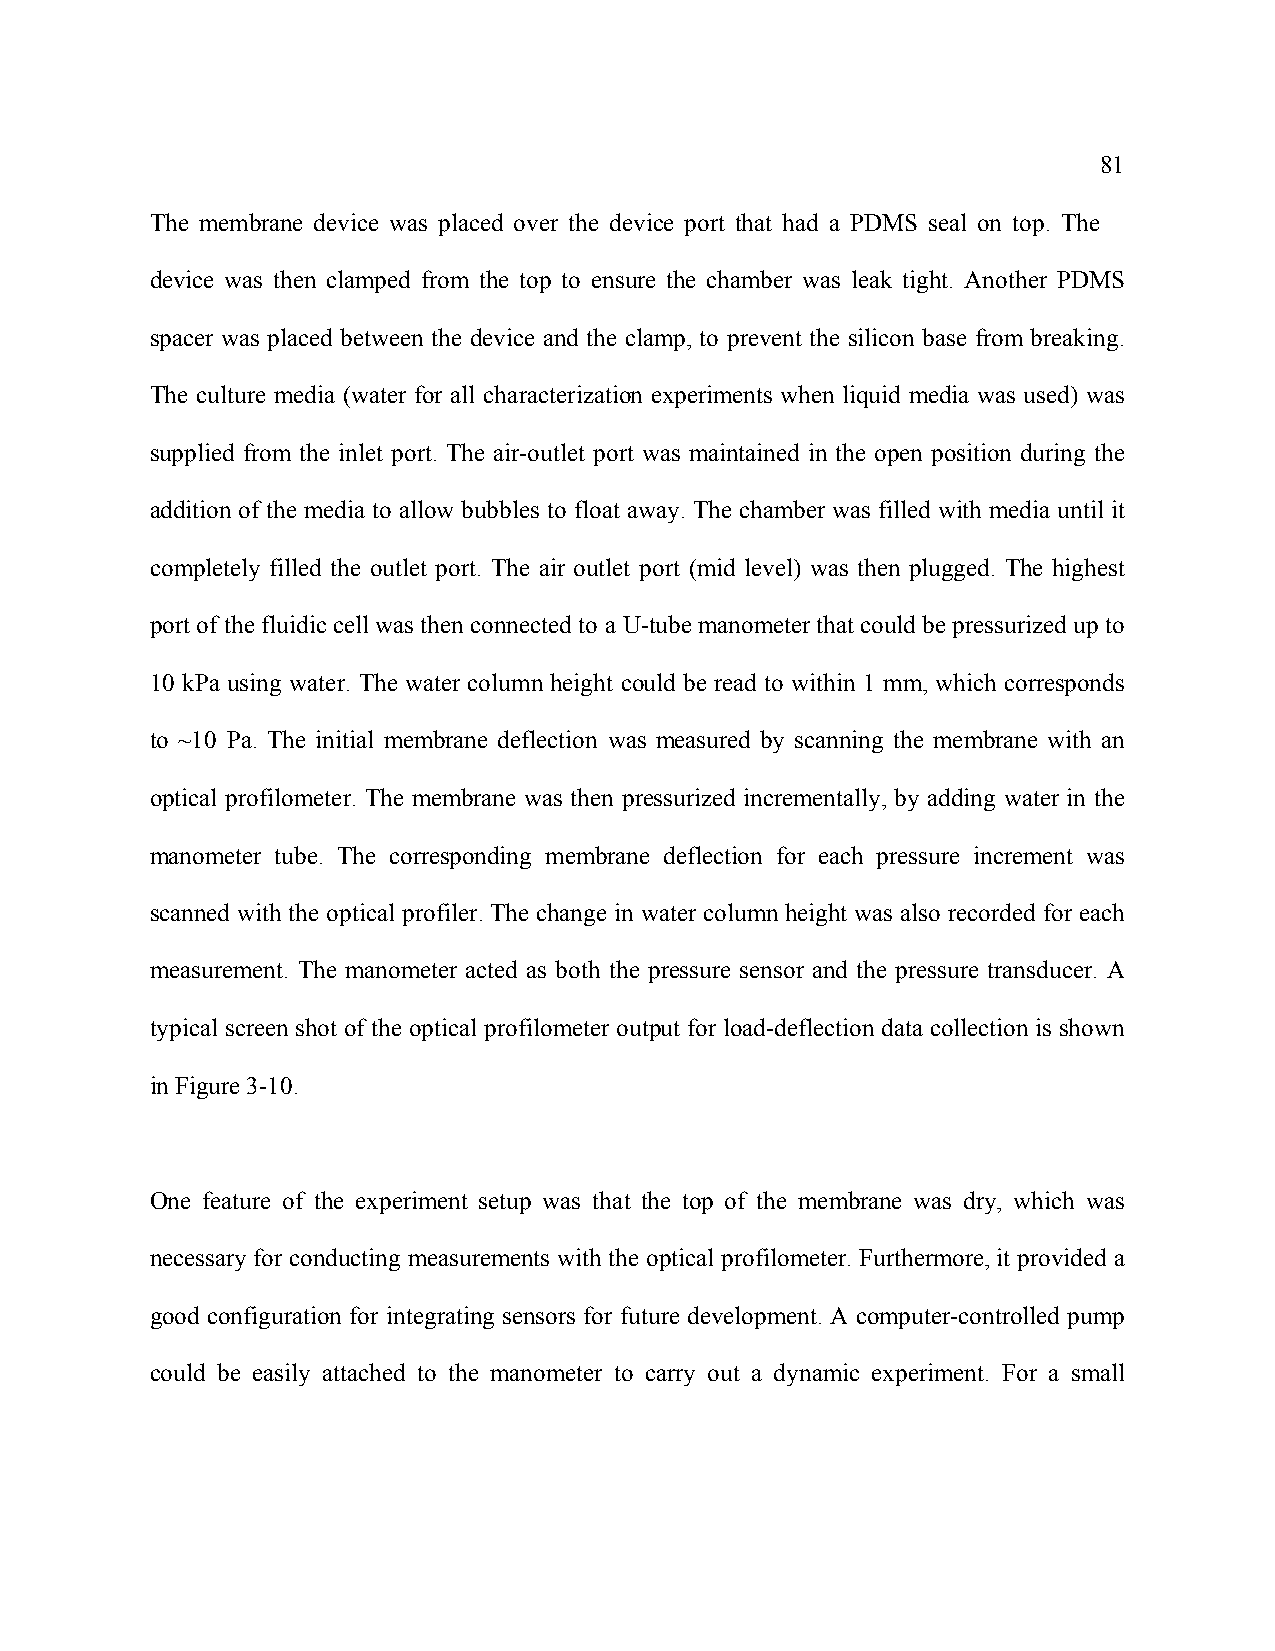
81
 The membrane device was placed over the device port that had a PDMS seal on top. The
 device was then clamped from the top to ensure the chamber was leak tight. Another PDMS
 spacer was placed between the device and the clamp, to prevent the silicon base from breaking.
 The culture media (water for all characterization experiments when liquid media was used) was
 supplied from the inlet port. The air-outlet port was maintained in the open position during the
 addition of the media to allow bubbles to float away. The chamber was filled with media until it
 completely filled the outlet port. The air outlet port (mid level) was then plugged. The highest
 port of the fluidic cell was then connected to a U-tube manometer that could be pressurized up to
 10 kPa using water. The water column height could be read to within 1 mm, which corresponds
 to ~10 Pa. The initial membrane deflection was measured by scanning the membrane with an
 optical profilometer. The membrane was then pressurized incrementally, by adding water in the
 manometer tube. The corresponding membrane deflection for each pressure increment was
 scanned with the optical profiler. The change in water column height was also recorded for each
 measurement. The manometer acted as both the pressure sensor and the pressure transducer. A
 typical screen shot of the optical profilometer output for load-deflection data collection is shown
 in Figure 3-10.
 One feature of the experiment setup was that the top of the membrane was dry, which was
 necessary for conducting measurements with the optical profilometer. Furthermore, it provided a
 good configuration for integrating sensors for future development. A computer-controlled pump
 could be easily attached to the manometer to carry out a dynamic experiment. For a small